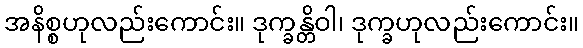
အနိစ္စဟုလည်းကောင်း။ ဒုက္ခန္တိဝါ၊ ဒုက္ခဟုလည်းကောင်း။